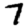
Digit: 7